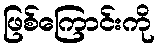
ဖြစ်ကြောင်းကို